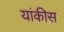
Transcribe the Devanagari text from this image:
यांकीस